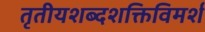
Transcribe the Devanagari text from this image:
तृतीयशब्दशक्तिविमर्श